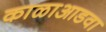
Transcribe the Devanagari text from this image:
काळाआडवा